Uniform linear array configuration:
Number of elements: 24
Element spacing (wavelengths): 0.75
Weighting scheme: kaiser
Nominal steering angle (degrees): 45
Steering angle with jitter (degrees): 46.724
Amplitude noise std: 0.05
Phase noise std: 0.05

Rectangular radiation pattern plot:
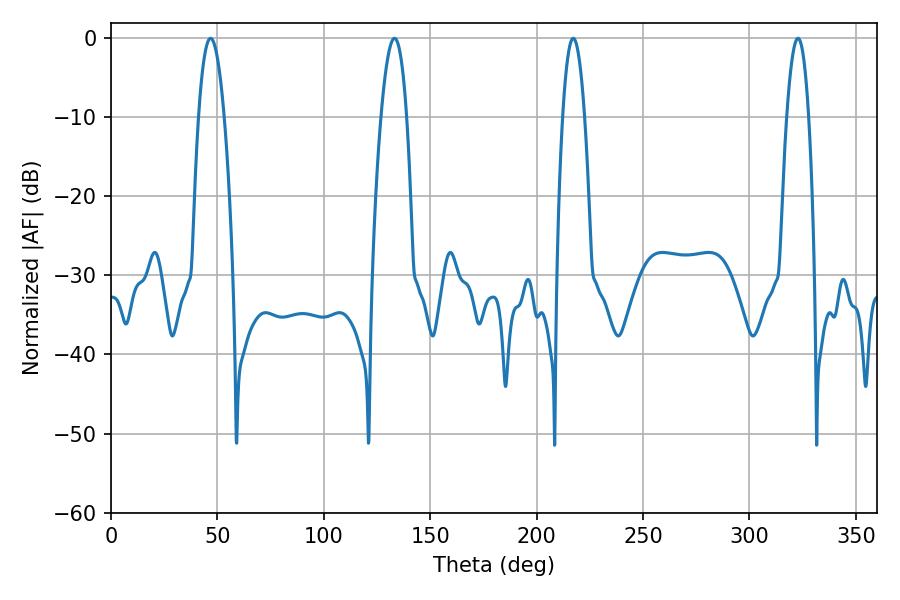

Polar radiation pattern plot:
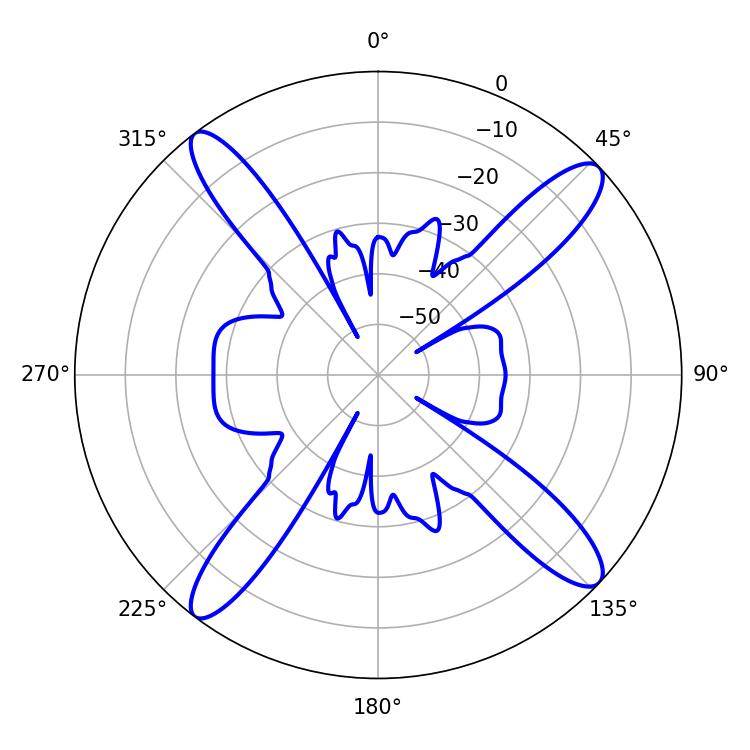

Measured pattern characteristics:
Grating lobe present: TRUE
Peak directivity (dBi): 15.869
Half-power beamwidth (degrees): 6.66
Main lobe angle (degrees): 46.8